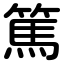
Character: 篤